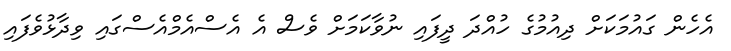
އެހެން ގައުމަކަށް ދިއުމުގެ ހުއްދަ ދީފައި ނުވާކަމަށް ވެސް އެ އެސްއެމްއެސްގައި ވިދާޅުވެފައި